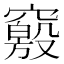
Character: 𰩝